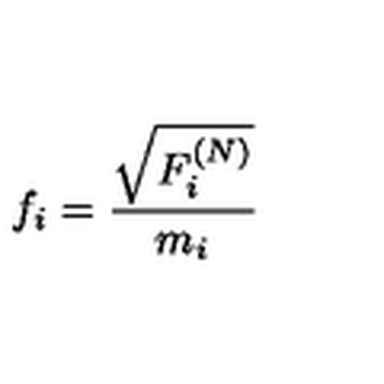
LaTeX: f _ { i } = \frac { \sqrt { F _ { i } ^ { ( N ) } } } { m _ { i } }